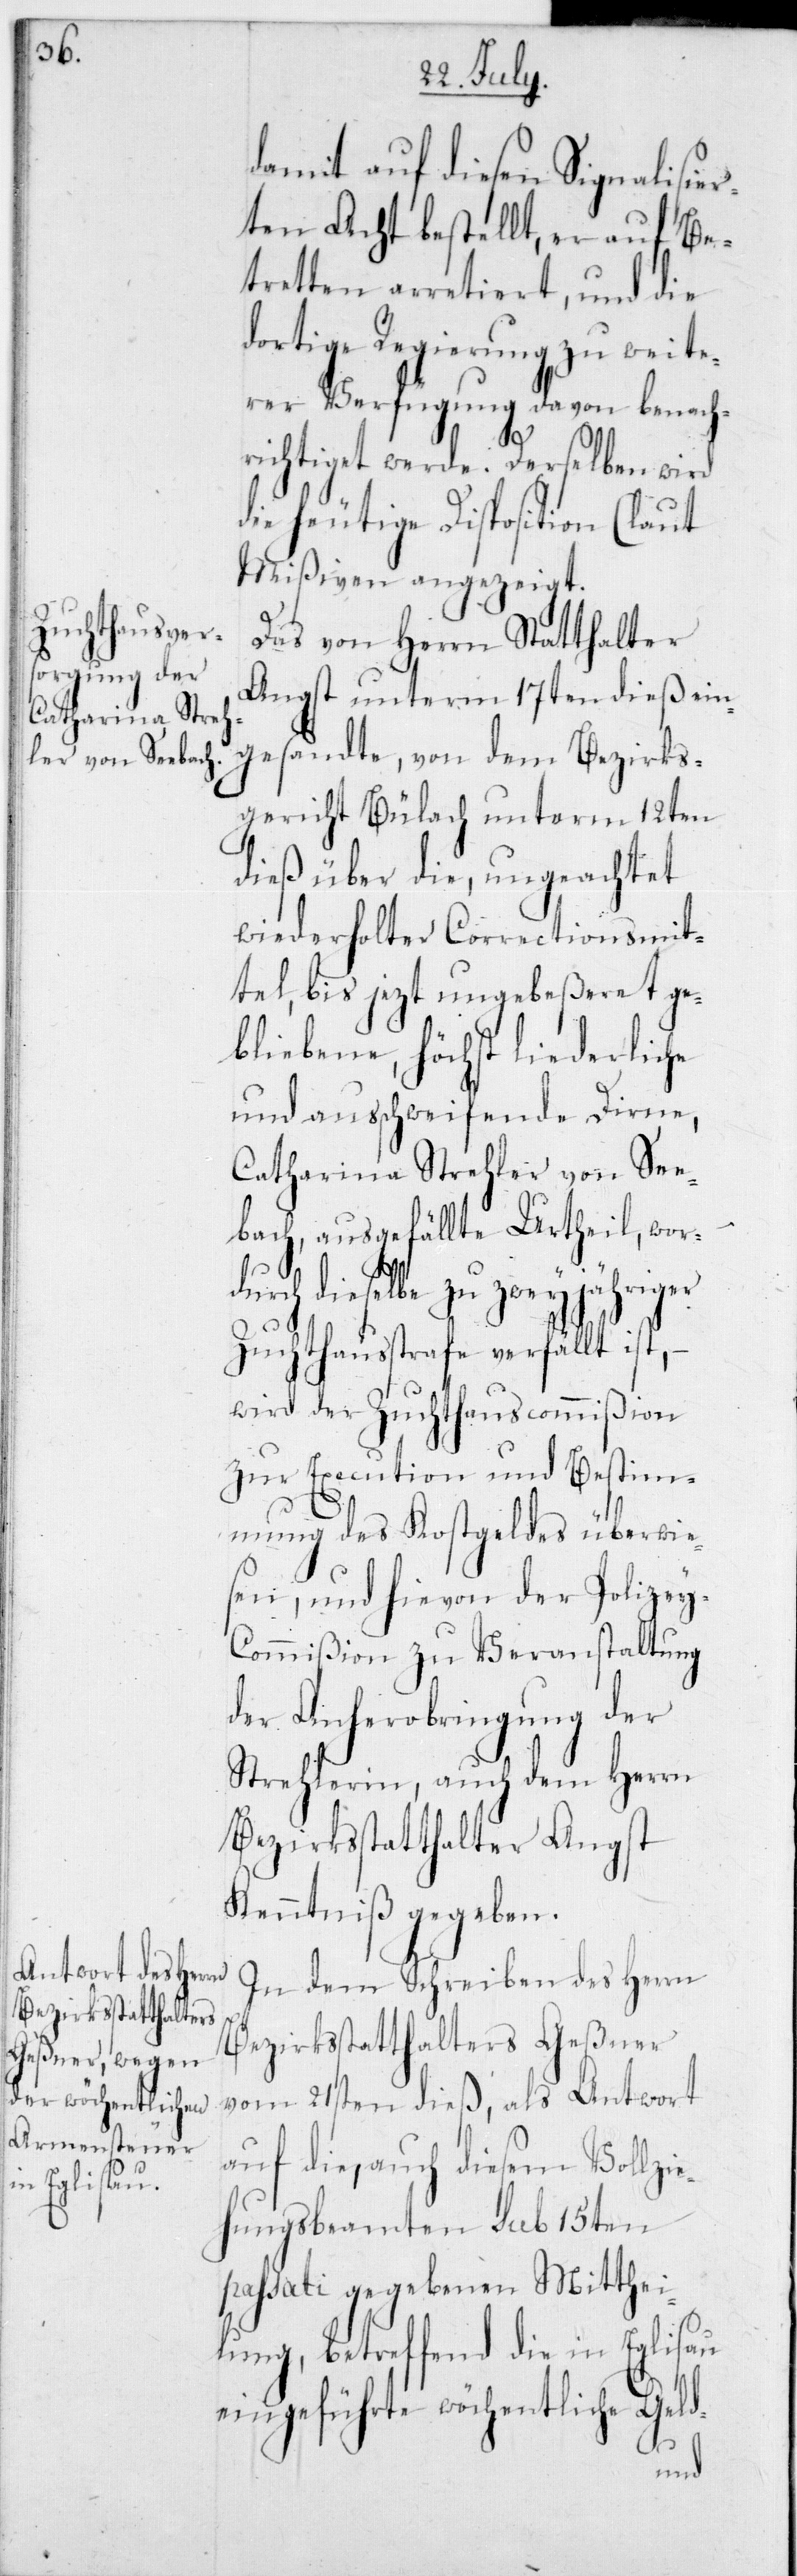
damit auf diesen Signalisier¬
ten Acht bestellt, er auf Be¬
tretten arretiert, und die
dortige Regierung zu weite¬
rer Verfügung davon benach¬
richtiget werde. Derselben wird
die heutige Disposition (laut
Mißiven) angezeigt.
Das von Herrn Statthalter
Angst unterm 17ten dieß ein¬
gesandte, von dem Bezirks¬
gericht Bülach unterm 12ten
dieß über die, ungeachtet
wiederholter Correctionsmit¬
tel, bis jezt ungebeßeret ge¬
bliebenen, höchst liederliche
und ausschweifende Dirne,
Catharina Strehler von See¬
bach, ausgefällte Urtheil, wor¬
durch dieselbe zu zweyjähriger
Zuchthausstrafe verfällt ist,
wird der Zuchthauscommißion
zur Execution und Bestim¬
mung des Kostgeldes überwie¬
sen, und hievon der Polizey-C¬
ommißion zu Veranstaltung
der Anherobringung der
Strehlerin, auch dem Herrn
Bezirksstatthalter Angst
Kenntniß gegeben.
In dem Schreiben des Herrn
Bezirksstatthalters Geßner
vom 21sten dieß, als Antwort
auf die, auch diesem Vollzie¬
hungsbeamten sub 15ten
passati gegebenen Mitthei¬
lung, betreffend die in Eglisau
eingeführte wöchentliche Geld-